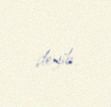
deyib.